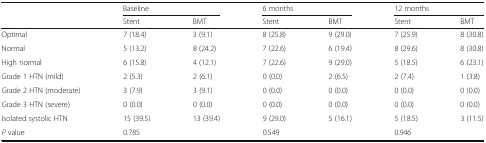
<table><thead><tr><td rowspan="2"></td><td colspan="2"><b>Baseline</b></td><td colspan="2"><b>6 months</b></td><td colspan="2"><b>12 months</b></td></tr><tr><td><b>Stent</b></td><td><b>BMT</b></td><td><b>Stent</b></td><td><b>BMT</b></td><td><b>Stent</b></td><td><b>BMT</b></td></tr></thead><tbody><tr><td>Optimal</td><td>7 (18.4)</td><td>3 (9.1)</td><td>8 (25.8)</td><td>9 (29.0)</td><td>7 (25.9)</td><td>8 (30.8)</td></tr><tr><td>Normal</td><td>5 (13.2)</td><td>8 (24.2)</td><td>7 (22.6)</td><td>6 (19.4)</td><td>8 (29.6)</td><td>8 (30.8)</td></tr><tr><td>High normal</td><td>6 (15.8)</td><td>4 (12.1)</td><td>7 (22.6)</td><td>9 (29.0)</td><td>5 (18.5)</td><td>6 (23.1)</td></tr><tr><td>Grade 1 HTN (mild)</td><td>2 (5.3)</td><td>2 (6.1)</td><td>0 (0.0)</td><td>2 (6.5)</td><td>2 (7.4)</td><td>1 (3.8)</td></tr><tr><td>Grade 2 HTN (moderate)</td><td>3 (7.9)</td><td>3 (9.1)</td><td>0 (0.0)</td><td>0 (0.0)</td><td>0 (0.0)</td><td>0 (0.0)</td></tr><tr><td>Grade 3 HTN (severe)</td><td>0 (0.0)</td><td>0 (0.0)</td><td>0 (0.0)</td><td>0 (0.0)</td><td>0 (0.0)</td><td>0 (0.0)</td></tr><tr><td>Isolated systolic HTN</td><td>15 (39.5)</td><td>13 (39.4)</td><td>9 (29.0)</td><td>5 (16.1)</td><td>5 (18.5)</td><td>3 (11.5)</td></tr><tr><td><i>P</i> value</td><td colspan="2">0.785</td><td colspan="2">0.549</td><td colspan="2">0.946</td></tr></tbody></table>